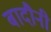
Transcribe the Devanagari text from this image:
बादौनी